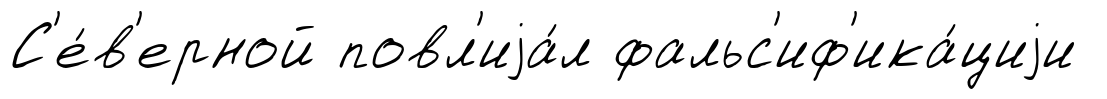
С'е́в'ерной повл'иjа́л фальс'иф'ика́циjи